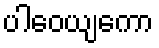
ပါဝေယျကော